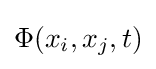
\Phi (x_{i},x_{j},t)